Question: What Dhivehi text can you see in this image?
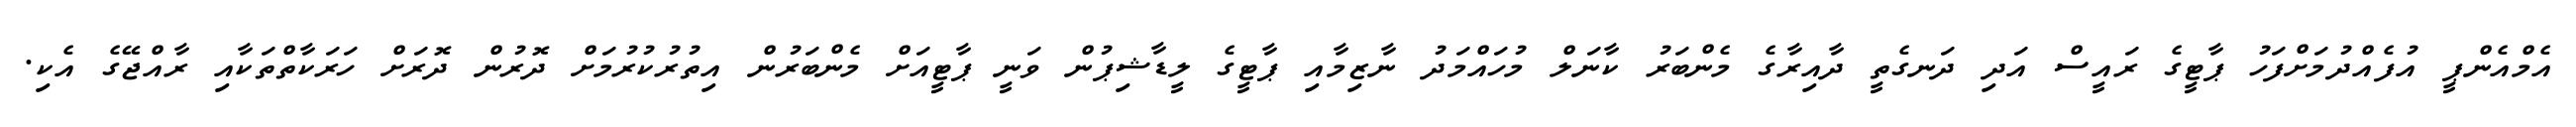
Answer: އެމްއެންޕީ އުފެއްދުމަށްފަހު ޕާޓީގެ ރައީސް އަދި ދަނގެތީ ދާއިރާގެ މެންބަރު ކާނަލް މުހައްމަދު ނާޒިމާއި ޕާޓީގެ ލީޑާޝިޕުން ވަނީ ޕާޓީއަށް މެންބަރުން އިތުރުކުރުމަށް ދޮރުން ދޮރަށް ހަރަކާތްތަކާއި ރާއްޖޭގެ އެކި.